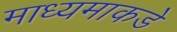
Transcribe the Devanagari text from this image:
माध्यमाकडे